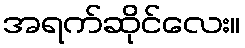
အရက်ဆိုင်လေး။